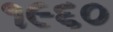
૧૯૬૦